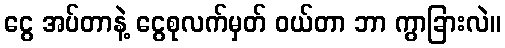
ငွေ အပ်တာနဲ့ ငွေစုလက်မှတ် ဝယ်တာ ဘာ ကွာခြားလဲ။